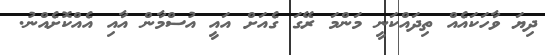
ދިޔަ ވާހަކައެއް ތިދައްކަނީ މަންމަ ރޭގަ ގެއަށް އައީ އުސްމާން އާއި އެއްކޮށެއްނު.